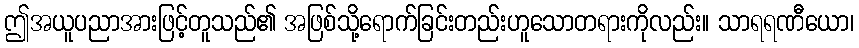
ဤအယူပညာအားဖြင့်တူသည်၏ အဖြစ်သို့ရောက်ခြင်းတည်းဟူသောတရားကိုလည်း။ သာရရဏီယော၊